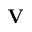
\mathbf { V }